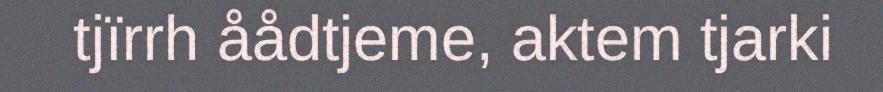
tjïrrh åådtjeme, aktem tjarki